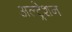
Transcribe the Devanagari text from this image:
अल्ट्रेशन